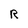
Character: R